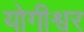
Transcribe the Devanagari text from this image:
योगीश्वर